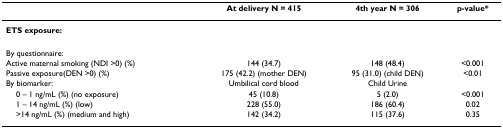
|  | At delivery N = 415 | 4th year N = 306 | p-value* |
 | --- | --- | --- | --- |
 | ETS exposure: |  |  |  |
 | By questionnaire: |  |  |  |
 | Active maternal smoking (NDI >0) (%) | 144 (34.7) | 148 (48.4) | <0.001 |
 | Passive exposure(DEN >0) (%) | 175 (42.2) (mother DEN) | 95 (31.0) (child DEN) | <0.01 |
 | By biomarker: | Umbilical cord blood | Child Urine |  |
 | 0 – 1 ng/mL (%) (no exposure) | 45 (10.8) | 5 (2.0) | <0.001 |
 | 1 – 14 ng/mL (%) (low) | 228 (55.0) | 186 (60.4) | 0.02 |
 | >14 ng/mL (%) (medium and high) | 142 (34.2) | 115 (37.6) | 0.35 |